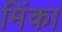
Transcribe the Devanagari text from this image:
मिंका